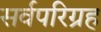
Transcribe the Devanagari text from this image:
सर्वपरिग्रह